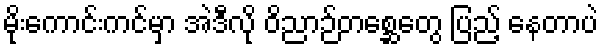
မိုးကောင်းကင်မှာ အဲဒီလို ဝိညာဉ်တစ္ဆေတွေ ပြည့် နေတာပဲ